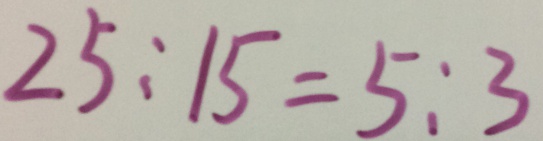
2 5 : 1 5 = 5 : 3